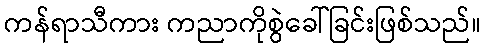
ကန်ရာသီကား ကညာကိုစွဲခေါ်ခြင်းဖြစ်သည်။